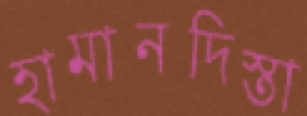
হামানদিস্তা